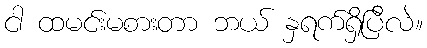
ငါ ထမင်းမစားတာ ဘယ် နှရက်ရှိပြီလဲ။